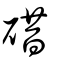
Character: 碏